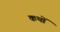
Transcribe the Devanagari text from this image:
कथों